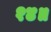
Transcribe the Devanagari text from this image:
१४॥